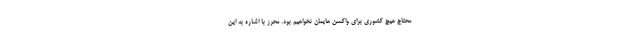
محتاج هیچ کشوری برای واکسن هایمان نخواهیم بود. محرز با اشاره به این